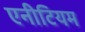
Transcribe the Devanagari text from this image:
एनीटियम